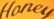
Honey